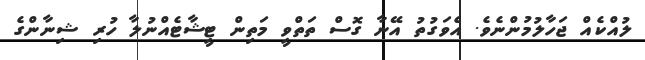
ލުއްކެއް ޖަހާލުމުންނެވެ. އެވަގުތު އޭނާ ގޮސް ތަތްވީ މަތިން ޓީޝާޓެއްނުލާ ހުރި ޝިނާންގެ